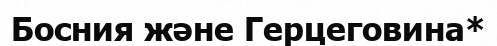
Босния және Герцеговина*